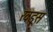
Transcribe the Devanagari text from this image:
खडूस